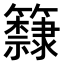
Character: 𥷗